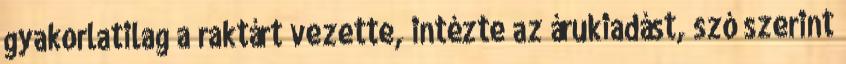
gyakorlatilag a raktárt vezette, intézte az árukiadást, szó szerint